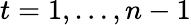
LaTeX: t=1,\dots,n-1